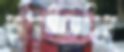
সাজাইতেছিস